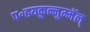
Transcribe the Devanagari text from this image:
प॰हयकुन्नुम्मॅल्